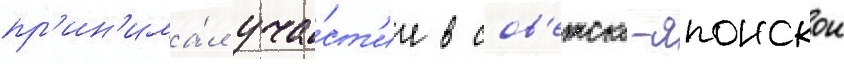
пр'ин'има́л уча́ст'ие в сов'етско-японскои